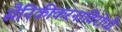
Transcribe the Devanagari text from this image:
सैनिकीकरनाविरोधी